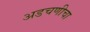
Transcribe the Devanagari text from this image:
अडचणीचा